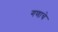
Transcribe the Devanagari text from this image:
गणाचे